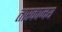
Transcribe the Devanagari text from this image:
तारकामय